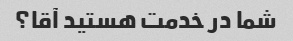
شما در خدمت هستید آقا؟